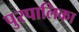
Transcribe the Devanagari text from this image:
पुरपालिका